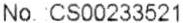
NO. :CS00233521